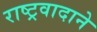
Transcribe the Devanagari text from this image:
राष्ट्रवादाने